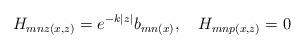
LaTeX: \begin{align*}H_{mnz(x,z)} = e^{-k|z|}b_{mn(x)}, \quad H_{mnp(x,z)} = 0\end{align*}